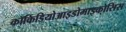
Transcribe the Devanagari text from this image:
कॉकिडियोआइडोमाइकोसिस